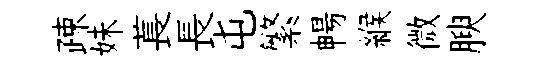
疎妹萇長屯繁暢緱微腴